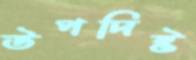
উপদিষ্ট